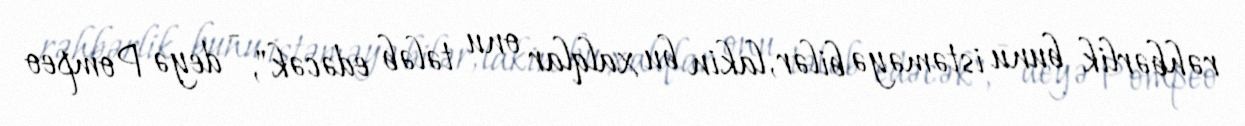
rəhbərlik bunu istəməyə bilər, lakin bu xalqlar onu tələb edəcək", - deyə Pompeo